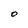
Character: O